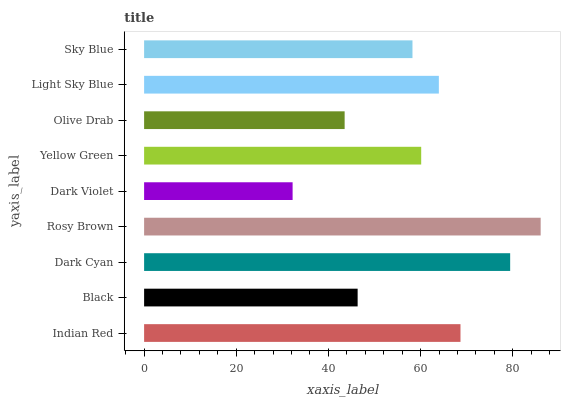
| yaxis_label | bars |
 | --- | --- |
 | Indian Red | 68.7 |
 | Black | 46.3 |
 | Dark Cyan | 79.4 |
 | Rosy Brown | 86.1 |
 | Dark Violet | 32.2 |
 | Yellow Green | 60.1 |
 | Olive Drab | 43.5 |
 | Light Sky Blue | 64 |
 | Sky Blue | 58.2 |